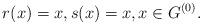
LaTeX: \begin{align*} r(x) = x ,s(x)=x, x\in G^{(0)}. \end{align*}